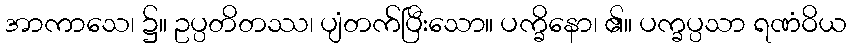
အာကာသေ၊ ၌။ ဥပ္ပတိတဿ၊ ပျံတက်ပြီးသော။ ပက္ခိနော၊ ၏။ ပက္ခပ္ပသာ ရဏံဝိယ